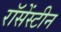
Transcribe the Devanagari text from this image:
रॉसेंस्टीन